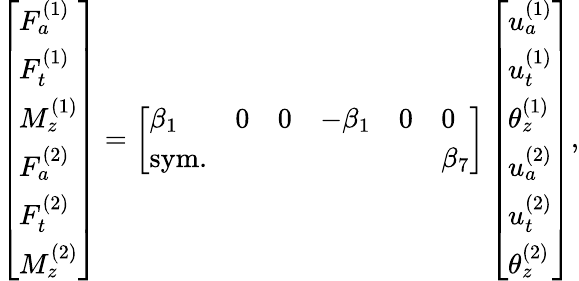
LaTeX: \left[\begin{array}{l}{F_{a}^{(1)}}\\ {F_{t}^{(1)}}\\ {M_{z}^{(1)}}\\ {F_{a}^{(2)}}\\ {F_{t}^{(2)}}\\ {M_{z}^{(2)}}\end{array}\right]=\left[\begin{array}{llllll}{\beta_{1}}&{0}&{0}&{-\beta_{1}}&{0}&{0}\\ {\mathrm{sym.}}&{}&{}&{}&{}&{\beta_{7}}\end{array}\right]\left[\begin{array}{l}{u_{a}^{(1)}}\\ {u_{t}^{(1)}}\\ {\theta_{z}^{(1)}}\\ {u_{a}^{(2)}}\\ {u_{t}^{(2)}}\\ {\theta_{z}^{(2)}}\end{array}\right],